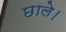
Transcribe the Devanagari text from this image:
छाले।